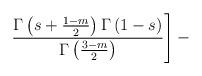
LaTeX: \begin{align*}\left.\frac{\Gamma\left(s+\frac{1-m}{2}\right)\Gamma \left(1-s\right)}{\Gamma\left(\frac{3-m}{2}\right)}\right]-\end{align*}